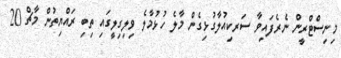
މިނިސްޓްރީން ނެރެފައިވާ ސަރކިއުލާގުޅިގެން މާލެ ހުޅުމާލެ ވިލިގިލީގައި ތިބި ރައްޔިތުން މާޗް 20